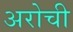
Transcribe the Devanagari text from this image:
अरोची